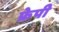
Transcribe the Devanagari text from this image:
फ्रेपी